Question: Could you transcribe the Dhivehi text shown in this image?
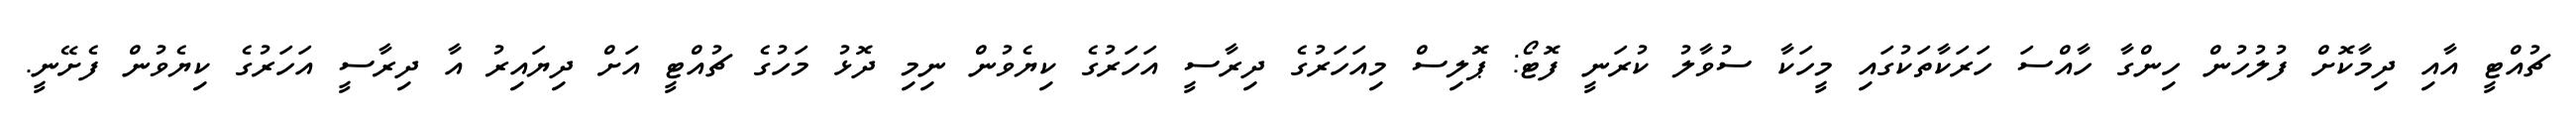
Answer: ޗުއްޓީ އާއި ދިމާކޮށް ފުލުހުން ހިންގާ ހާއްސަ ހަރަކާތަކުގައި މީހަކާ ސުވާލު ކުރަނީ ފޮޓޯ: ޕޮލިސް މިއަހަރުގެ ދިރާސީ އަހަރުގެ ކިޔެވުން ނިމި ދޮޅު މަހުގެ ޗުއްޓީ އަށް ދިޔައިރު އާ ދިރާސީ އަހަރުގެ ކިޔެވުން ފެށޭނީ.